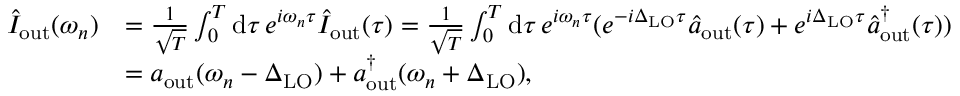
\begin{array} { r l } { \hat { I } _ { \mathrm { o u t } } ( \omega _ { n } ) } & { = \frac { 1 } { \sqrt { T } } \int _ { 0 } ^ { T } \mathrm { d } \tau \, e ^ { i \omega _ { n } \tau } \hat { I } _ { \mathrm { o u t } } ( \tau ) = \frac { 1 } { \sqrt { T } } \int _ { 0 } ^ { T } \mathrm { d } \tau \, e ^ { i \omega _ { n } \tau } ( e ^ { - i \Delta _ { \mathrm { L O } } \tau } \hat { a } _ { \mathrm { o u t } } ( \tau ) + e ^ { i \Delta _ { \mathrm { L O } } \tau } \hat { a } _ { \mathrm { o u t } } ^ { \dagger } ( \tau ) ) } \\ & { = a _ { \mathrm { o u t } } ( \omega _ { n } - \Delta _ { \mathrm { L O } } ) + a _ { \mathrm { o u t } } ^ { \dagger } ( \omega _ { n } + \Delta _ { \mathrm { L O } } ) , } \end{array}